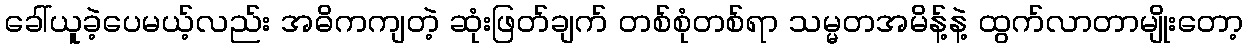
ခေါ်ယူခဲ့ပေမယ့်လည်း အဓိကကျတဲ့ ဆုံးဖြတ်ချက် တစ်စုံတစ်ရာ သမ္မတအမိန့်နဲ့ ထွက်လာတာမျိုးတော့